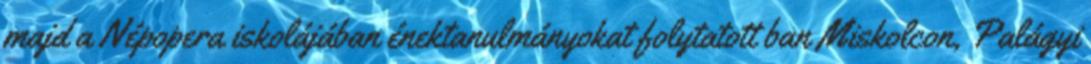
majd a Népopera iskolájában énektanulmányokat folytatott ban Miskolcon, Palágyi